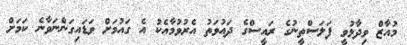
މުއާޒް ވިދާޅުވީ ފަލަސްތީނުގެ ރައީސްގެ ދައުވަތު އެރުވުމާއެކު އެ ގައުމަށް ވަޑައިގަންނަވާނެ ކަމަށް